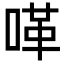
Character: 㗆